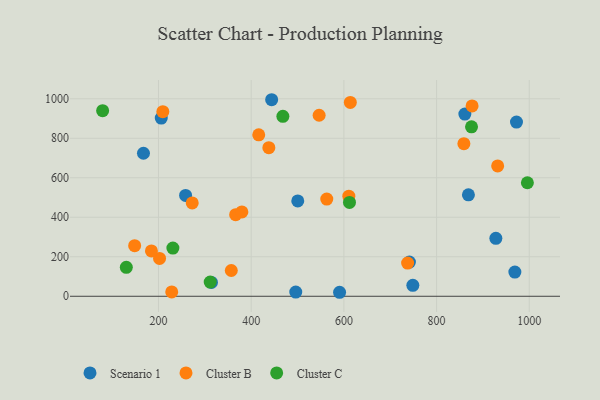
{"axis": {"x": "Engine Size", "y": "Profit"}, "legend": ["Cluster B", "Cluster C", "Scenario 1"], "data": [{"x": "206.0", "y": 902.0, "type": "Scenario 1"}, {"x": "748.8", "y": 55.5, "type": "Scenario 1"}, {"x": "314.3", "y": 70.1, "type": "Scenario 1"}, {"x": "927.9", "y": 293.2, "type": "Scenario 1"}, {"x": "590.7", "y": 20.3, "type": "Scenario 1"}, {"x": "968.9", "y": 122.6, "type": "Scenario 1"}, {"x": "741.4", "y": 173.4, "type": "Scenario 1"}, {"x": "500.5", "y": 482.9, "type": "Scenario 1"}, {"x": "444.2", "y": 995.1, "type": "Scenario 1"}, {"x": "868.7", "y": 513.4, "type": "Scenario 1"}, {"x": "972.4", "y": 882.0, "type": "Scenario 1"}, {"x": "496.2", "y": 21.4, "type": "Scenario 1"}, {"x": "167.6", "y": 724.2, "type": "Scenario 1"}, {"x": "258.5", "y": 510.4, "type": "Scenario 1"}, {"x": "861.0", "y": 922.2, "type": "Scenario 1"}, {"x": "272.8", "y": 472.6, "type": "Cluster B"}, {"x": "416.3", "y": 817.4, "type": "Cluster B"}, {"x": "546.6", "y": 916.6, "type": "Cluster B"}, {"x": "148.6", "y": 256.3, "type": "Cluster B"}, {"x": "876.6", "y": 963.6, "type": "Cluster B"}, {"x": "202.3", "y": 191.5, "type": "Cluster B"}, {"x": "357.1", "y": 130.5, "type": "Cluster B"}, {"x": "858.9", "y": 772.6, "type": "Cluster B"}, {"x": "184.8", "y": 229.7, "type": "Cluster B"}, {"x": "228.6", "y": 22.1, "type": "Cluster B"}, {"x": "366.5", "y": 413.1, "type": "Cluster B"}, {"x": "737.5", "y": 168.1, "type": "Cluster B"}, {"x": "931.8", "y": 660.1, "type": "Cluster B"}, {"x": "379.9", "y": 426.9, "type": "Cluster B"}, {"x": "563.1", "y": 491.9, "type": "Cluster B"}, {"x": "613.9", "y": 981.4, "type": "Cluster B"}, {"x": "209.4", "y": 934.8, "type": "Cluster B"}, {"x": "610.7", "y": 506.7, "type": "Cluster B"}, {"x": "438.1", "y": 752.1, "type": "Cluster B"}, {"x": "130.6", "y": 146.7, "type": "Cluster C"}, {"x": "311.6", "y": 71.8, "type": "Cluster C"}, {"x": "468.4", "y": 911.0, "type": "Cluster C"}, {"x": "231.1", "y": 244.2, "type": "Cluster C"}, {"x": "875.4", "y": 858.1, "type": "Cluster C"}, {"x": "612.1", "y": 475.2, "type": "Cluster C"}, {"x": "995.9", "y": 574.9, "type": "Cluster C"}, {"x": "79.5", "y": 939.6, "type": "Cluster C"}]}